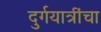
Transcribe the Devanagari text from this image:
दुर्गयात्रींचा